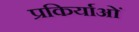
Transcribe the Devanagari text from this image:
प्रकिर्याओं